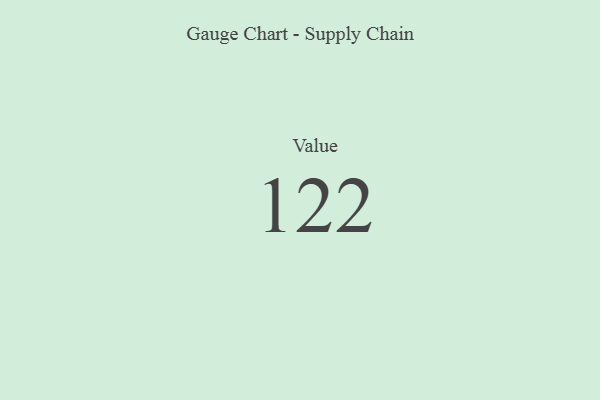
{"axis": {"x": "Metric", "y": "Value"}, "legend": [""], "data": [{"x": "Value", "y": 122, "type": ""}]}